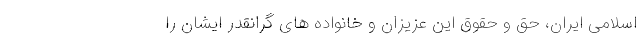
اسلامی ایران، حق و حقوق این عزیزان و خانواده های گرانقدر ایشان را